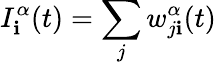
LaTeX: I_{\mathbf{i}}^{\alpha}(t)=\sum_{j}w_{j\mathbf{i}}^{\alpha}(t)